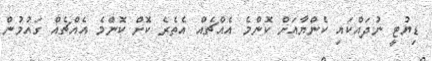
ޑިޔުޓީ ނުދައްކައި ކެންޔާއަށް ކޮންމެ އެއްޗެއް އެތެރެ ކޮށް ކޮންމެ އެއްޗެއް ގައުމުން